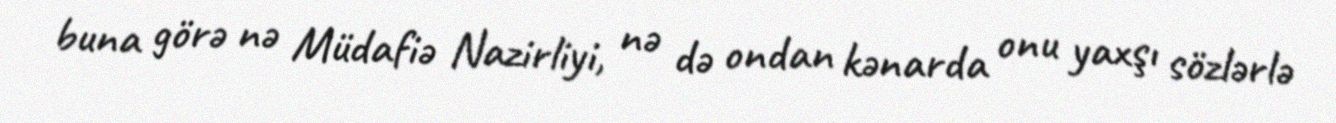
buna görə nə Müdafiə Nazirliyi, nə də ondan kənarda onu yaxşı sözlərlə